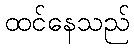
ထင်နေသည်